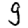
Digit: 9